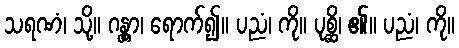
သရဏံ၊ သို့။ ဂန္တွာ၊ ရောက်၍။ ပညံ၊ ကို။ ပုစ္ဆိ၊ ၏။ ပညံ၊ ကို။